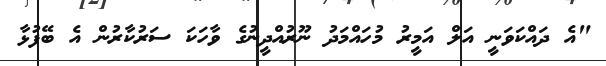
"އެ ދައްކަވަނީ އަލް އަމީރު މުހައްމަދު ނޫރުއްދީނުގެ ވާހަކަ ސަރުކާރުން އެ ބޭފުޅާ